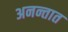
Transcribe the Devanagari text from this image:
अनन्तात